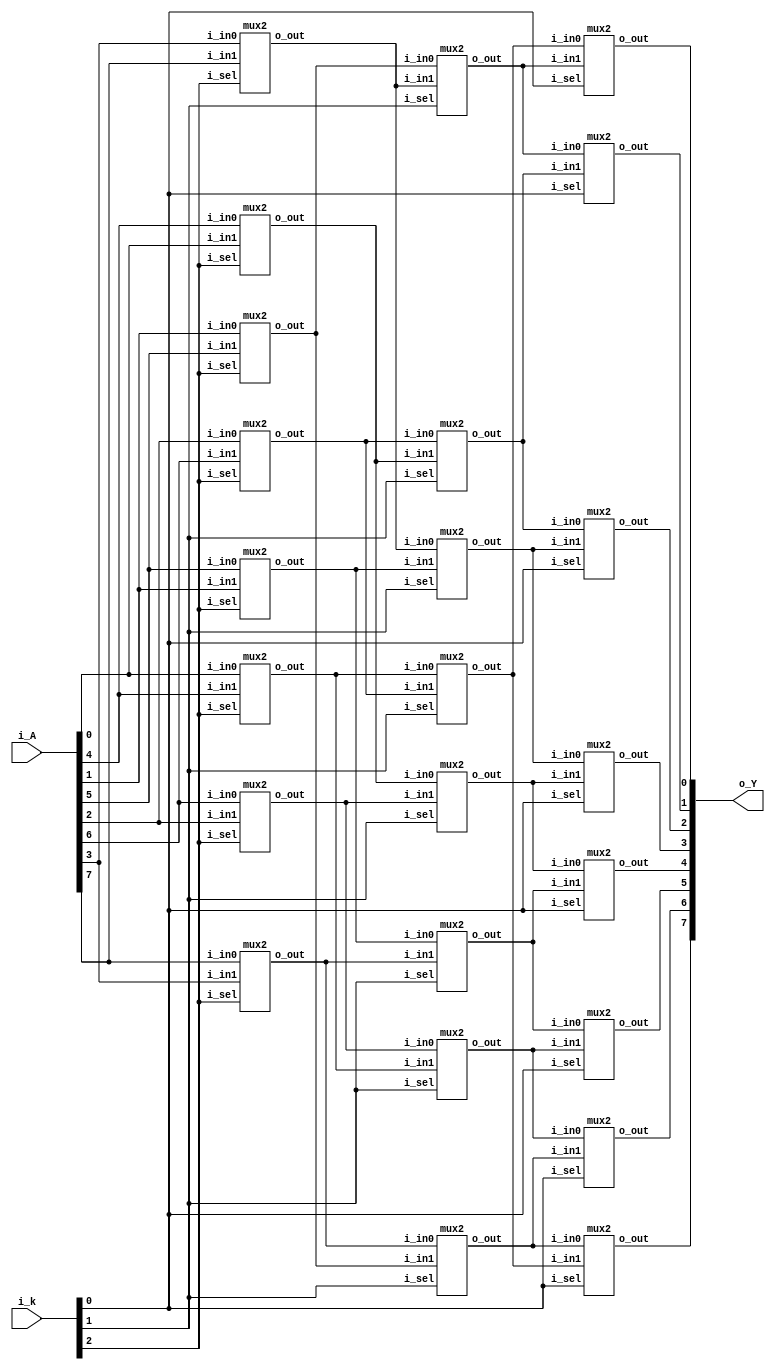
// ==================================================
//	[ ZARAM OJT. ]
//	* Author		: Seok Jin Son (sonsj98@zaram.com)
//	* Filename		: barrel_shifter.v
//	* Date			: 2024-07-01 10:33:13
//	* Description	:
// ==================================================

module barrel_shifter 
(
	output	[7:0]	o_Y,
	input 	[7:0]	i_A,
	input	[2:0]	i_k
);
	
	wire	[7:0]	w_rotate_4;
	wire	[7:0] 	w_rotate_2;

//	mux2
//	u_mux2(
//	.o_out				(w_rotate_4[0]		),	//0,1,2,3 4,5,6,7   i
//	.i_sel				(i_k[2]				),	//fix 2
//	.i_in0				(i_A[0]				),	//0,1,2,3 4,5,6,7  	i
//	.i_in1				(i_A[4]				)	//4,5,6,7 0,1,2,3   i+4 i-4
//	);


	mux2
	u_mux2_4R_0(
	.o_out				(w_rotate_4[0]		),	
	.i_sel				(i_k[2]				),	
	.i_in0				(i_A[0]				),	
	.i_in1				(i_A[4]				) 	
	);

	mux2
	u_mux2_4R_1(
	.o_out				(w_rotate_4[1]		),	
	.i_sel				(i_k[2]				),	
	.i_in0				(i_A[1]				),	
	.i_in1				(i_A[5]				) 	
	);

	mux2
	u_mux2_4R_2(
	.o_out				(w_rotate_4[2]		),	
	.i_sel				(i_k[2]				),	
	.i_in0				(i_A[2]				),	
	.i_in1				(i_A[6]				) 	
	);

	mux2
	u_mux2_4R_3(
	.o_out				(w_rotate_4[3]		),	
	.i_sel				(i_k[2]				),	
	.i_in0				(i_A[3]				),	
	.i_in1				(i_A[7]				) 	
	);

	mux2
	u_mux2_4R_4(
	.o_out				(w_rotate_4[4]		),	
	.i_sel				(i_k[2]				),	
	.i_in0				(i_A[4]				),	
	.i_in1				(i_A[0]				) 	
	);

	mux2
	u_mux2_4R_5(
	.o_out				(w_rotate_4[5]		),	
	.i_sel				(i_k[2]				),	
	.i_in0				(i_A[5]				),	
	.i_in1				(i_A[1]				) 	
	);

	mux2
	u_mux2_4R_6(
	.o_out				(w_rotate_4[6]		),	
	.i_sel				(i_k[2]				),	
	.i_in0				(i_A[6]				),	
	.i_in1				(i_A[2]				) 	
	);

	mux2
	u_mux2_4R_7(
	.o_out				(w_rotate_4[7]		),	
	.i_sel				(i_k[2]				),	
	.i_in0				(i_A[7]				),	
	.i_in1				(i_A[3]				) 	
	);


//	mux2
//	u_mux2(
//	.o_out				(w_rotate_2[0]		),	//0,1,2,3 4,5,6,7   i
//	.i_sel				(i_k[1]				),	//fix 1
//	.i_in0				(w_rotate_4[0]		),	//0,1,2,3,4,5 6,7  	i
//	.i_in1				(w_rotate_4[2]		) 	//2,3,4,5,6,7 0,1   i+2 i-6
//	);

	mux2
	u_mux2_2R_0(
	.o_out				(w_rotate_2[0]		),	
	.i_sel				(i_k[1]				),	
	.i_in0				(w_rotate_4[0]		),	
	.i_in1				(w_rotate_4[2]		) 	
	);

	mux2
	u_mux2_2R_1(
	.o_out				(w_rotate_2[1]		),	
	.i_sel				(i_k[1]				),	
	.i_in0				(w_rotate_4[1]		),	
	.i_in1				(w_rotate_4[3]		) 	
	);

	mux2
	u_mux2_2R_2(
	.o_out				(w_rotate_2[2]		),	
	.i_sel				(i_k[1]				),	
	.i_in0				(w_rotate_4[2]		),	
	.i_in1				(w_rotate_4[4]		) 	
	);

	mux2
	u_mux2_2R_3(
	.o_out				(w_rotate_2[3]		),	
	.i_sel				(i_k[1]				),	
	.i_in0				(w_rotate_4[3]		),	
	.i_in1				(w_rotate_4[5]		) 	
	);

	mux2
	u_mux2_2R_4(
	.o_out				(w_rotate_2[4]		),	
	.i_sel				(i_k[1]				),	
	.i_in0				(w_rotate_4[4]		),	
	.i_in1				(w_rotate_4[6]		) 	
	);

	mux2
	u_mux2_2R_5(
	.o_out				(w_rotate_2[5]		),	
	.i_sel				(i_k[1]				),	
	.i_in0				(w_rotate_4[5]		),	
	.i_in1				(w_rotate_4[7]		) 	
	);

	mux2
	u_mux2_2R_6(
	.o_out				(w_rotate_2[6]		),	
	.i_sel				(i_k[1]				),	
	.i_in0				(w_rotate_4[6]		),	
	.i_in1				(w_rotate_4[0]		) 	
	);

	mux2
	u_mux2_2R_7(
	.o_out				(w_rotate_2[7]		),	
	.i_sel				(i_k[1]				),	
	.i_in0				(w_rotate_4[7]		),	
	.i_in1				(w_rotate_4[1]		) 	
	);

//	mux2
//	u_mux2(
//	.o_out				(o_Y[0]				),	//0,1,2,3 4,5,6,7   i
//	.i_sel				(i_k[0]				),	//fix 0
//	.i_in0				(w_rotate_2[0]		),	//0,1,2,3,4,5,6 7  	i
//	.i_in1				(w_rotate_2[1]		) 	//1,2,3,4,5,6,7 0   i+1 i-7
//	);

	mux2
	u_mux2_1R_0(
	.o_out				(o_Y[0]		  		),	
	.i_sel				(i_k[0]		    	),	
	.i_in0				(w_rotate_2[0]		),	
	.i_in1				(w_rotate_2[1]		) 	
	);

	mux2
	u_mux2_1R_1(
	.o_out				(o_Y[1]		  		),	
	.i_sel				(i_k[0]		    	),	
	.i_in0				(w_rotate_2[1]		),	
	.i_in1				(w_rotate_2[2]		) 	
	);

	mux2
	u_mux2_1R_2(
	.o_out				(o_Y[2]		  		),	
	.i_sel				(i_k[0]		    	),	
	.i_in0				(w_rotate_2[2]		),	
	.i_in1				(w_rotate_2[3]		) 	
	);

	mux2
	u_mux2_1R_3(
	.o_out				(o_Y[3]		  		),	
	.i_sel				(i_k[0]		    	),	
	.i_in0				(w_rotate_2[3]		),	
	.i_in1				(w_rotate_2[4]		) 	
	);

	mux2
	u_mux2_1R_4(
	.o_out				(o_Y[4]		  		),	
	.i_sel				(i_k[0]		    	),	
	.i_in0				(w_rotate_2[4]		),	
	.i_in1				(w_rotate_2[5]		) 	
	);

	mux2
	u_mux2_1R_5(
	.o_out				(o_Y[5]		  		),	
	.i_sel				(i_k[0]		    	),	
	.i_in0				(w_rotate_2[5]		),	
	.i_in1				(w_rotate_2[6]		) 	
	);

	mux2
	u_mux2_1R_6(
	.o_out				(o_Y[6]		  		),	
	.i_sel				(i_k[0]		    	),	
	.i_in0				(w_rotate_2[6]		),	
	.i_in1				(w_rotate_2[7]		) 	
	);

	mux2
	u_mux2_1R_7(
	.o_out				(o_Y[7]		  		),	
	.i_sel				(i_k[0]		    	),	
	.i_in0				(w_rotate_2[7]		),	
	.i_in1				(w_rotate_2[0]		) 	
	);

endmodule



module mux2 
(
	output	reg	o_out,
	input		i_sel,
	input		i_in0,
	input		i_in1
);

	always @ (*) begin
		case(i_sel)
			0:			o_out = i_in0;
			1:			o_out = i_in1;
			default:	o_out = i_in1;
		endcase
	end

endmodule